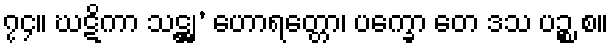
၇၄။ ဃဋိကာ သဋ္ဌျ’ ဟောရတ္တော၊ ပက္ခော တေ ဒသ ပဉ္စ စ။